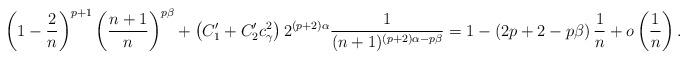
LaTeX: \begin{align*}\left( 1- \frac{2}{n}\right)^{p+1} \left( \frac{n+1}{n}\right)^{p \beta} & + \left( C_{1}' + C_{2}'c_{\gamma}^{2}\right) 2^{(p+2)\alpha}\frac{1}{(n+1)^{(p+2) \alpha - p \beta }} = 1- \left( 2p+2 -p\beta \right)\frac{1}{n} + o \left( \frac{1}{n}\right) .\end{align*}